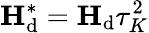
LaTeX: {\mathbf{H}}_{\mathrm{d}}^{*}={\mathbf{H}}_{\mathrm{d}}\tau_{K}^{2}